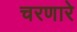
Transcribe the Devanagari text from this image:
चरणारे